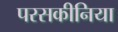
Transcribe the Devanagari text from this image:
परसकीनिया